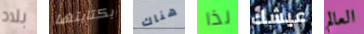
بلاد بكتابتها هناك لذا عيشك العالم